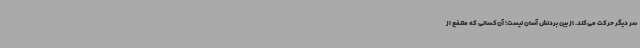
سر دیگر حرکت می‌کند. از بین بردنش آسان نیست؛ آن‌کسانی که متنفع از